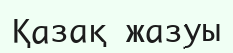
Қазақ жазуы